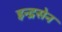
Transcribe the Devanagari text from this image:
इन्द्रसेन